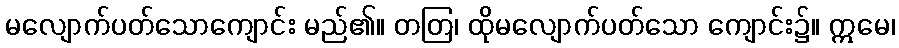
မလျောက်ပတ်သောကျောင်း မည်၏။ တတြ၊ ထိုမလျောက်ပတ်သော ကျောင်း၌။ ဣမေ၊